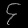
Digit: ၄